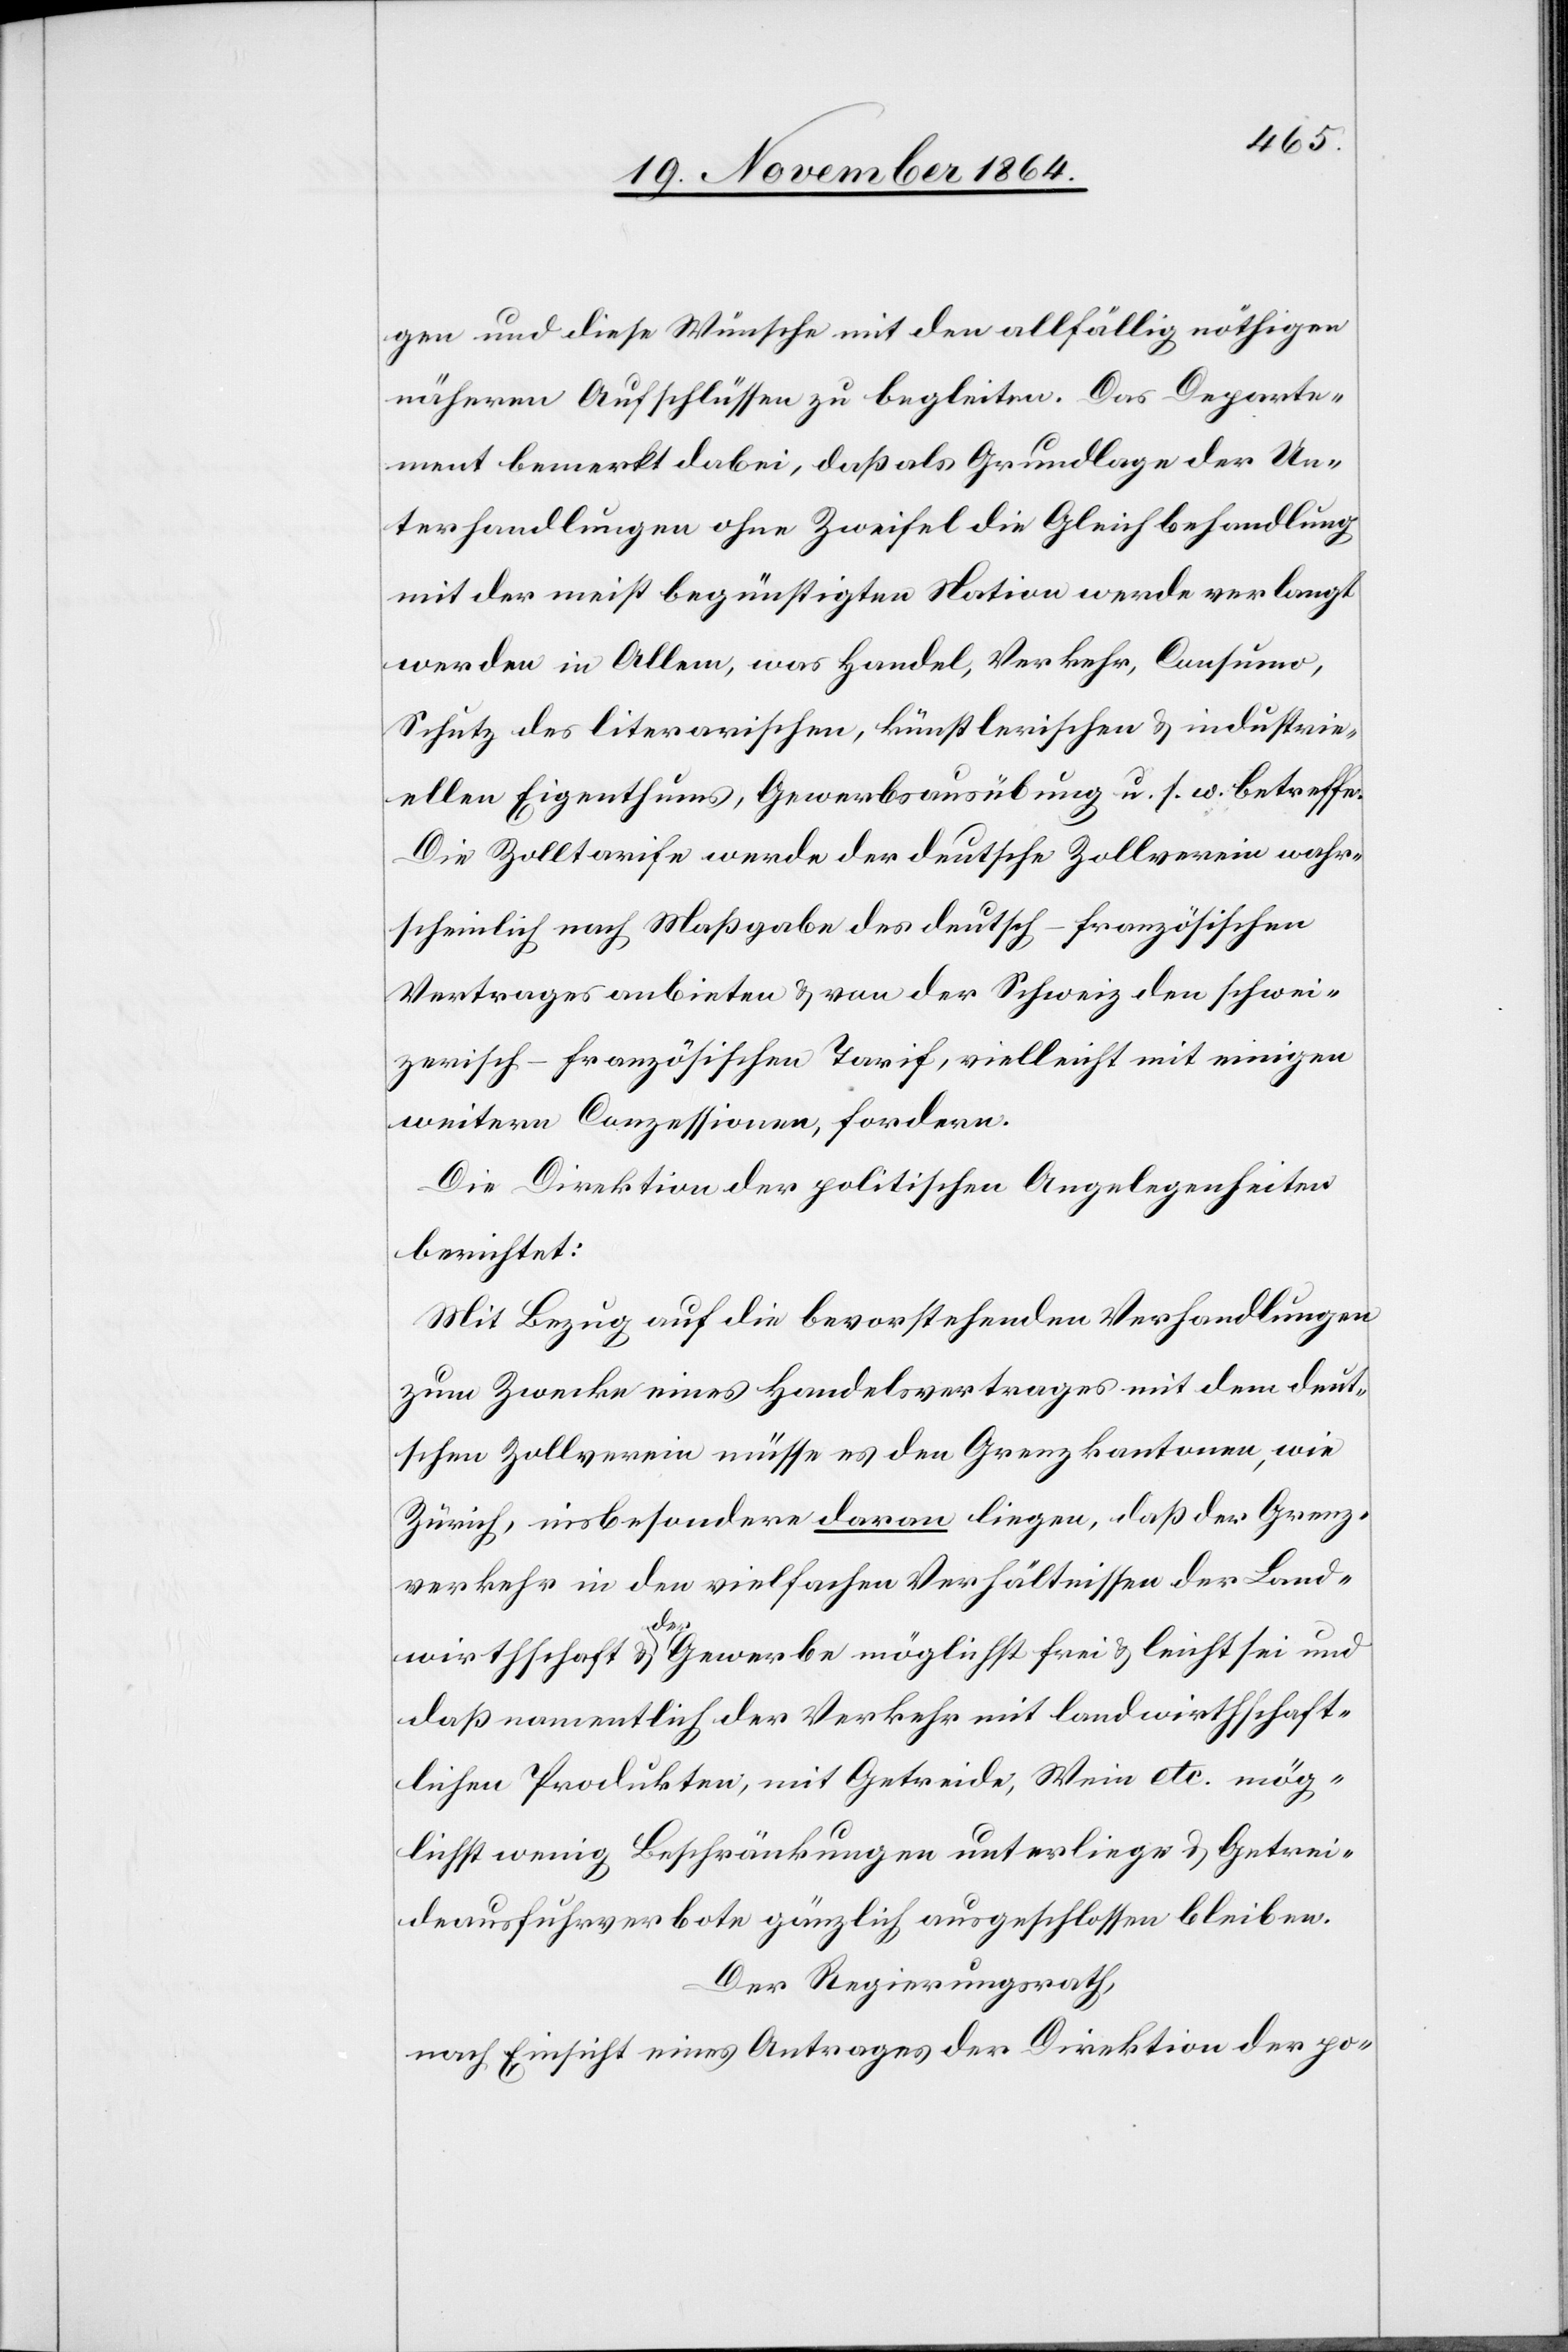
gen und diese Wünsche mit den allfällig nöthigen
näheren Aufschlüssen zu begleiten. Das Departe¬
ment bemerkt dabei, daß als Grundlage der Un¬
terhandlungen ohne Zweifel die Gleichbehandlung
mit der meist begünstigten Nation werde verlangt
werden in Allem, was Handel, Verkehr, Consumo
Schutz des literarischen, künstlerischen & industrie¬
ellen [sic!] Eigenthums, Gewerbsausübung u. s. f. betreffe.
Die Zolltarife werde der deutsche Zollverein wahr¬
scheinlich nach Maßgabe des deutsch-französischen
Vertrages anbieten & von der Schweiz den schwei¬
zerisch-französischen Tarif, vielleicht mit einigen
weiteren Conzessionen, fordern.
Die Direktion der politischen Angelegenheiten
berichtet:
Mit Bezug auf die bevorstehenden Verhandlungen
zum Zwecke eines Handelsvertrages mit dem deut¬
schen Zollverein müsse es den Grenzkantonen, wie
Zürich, insbesondere daran liegen, daß der Grenz¬
verkehr in den vielfachen Verhältnissen der Land¬
wirthschaft & der Gewerbe möglichst frei & leicht sei und
daß namentlich der Verkehr mit landwirthschaft¬
lichen Produkten, mit Getreide, Wein etc. mög¬
lichst wenig Beschränkungen unterliege & Getrei¬
deausführverbote gänzlich ausgeschlossen bleiben.
Der Regierungsrath,
nach Einsicht eines Antrages der Direktion der po-